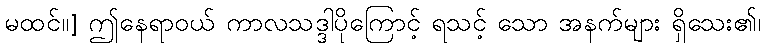
မထင်။] ဤနေရာဝယ် ကာလသဒ္ဒါပိုကြောင့် ရသင့် သော အနက်များ ရှိသေး၏၊